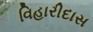
વિહારીદાસ